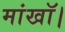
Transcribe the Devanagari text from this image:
मांखॉ।